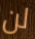
لن